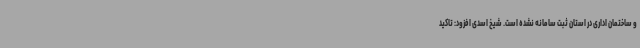
و ساختمان اداری در استان ثبت سامانه نشده است. شیخ اسدی افزود: تاکید